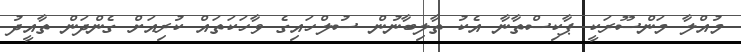
މުއްލާ މަންސޫރަކީ ޕާކިސްތާނާ އެކު ތާލިބާނުން ސުލްހައިގެ ވާހަކަތައް ކުރިއަށް ގެންދަން ތާއީދު